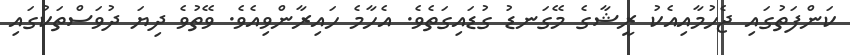
ކަންފަތުގައި ޖެހުމާއިއެކު ރީޝާގެ މޭގަނޑު ގުޑައިގަތެވެ. އެހާމެ ހައިރާންވިއެވެ. ވޭތުވެ ދިޔަ ދުވަސްތަކުގައި